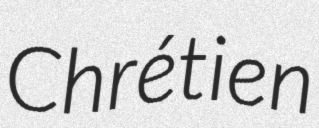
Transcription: Chrétien